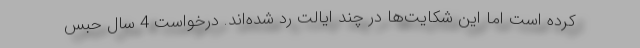
کرده است اما این شکایت‌ها در چند ایالت رد شده‌اند. درخواست 4 سال حبس